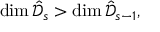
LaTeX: \dim { \hat { \mathcal { D } } _ { s } } > \dim { \hat { \mathcal { D } } _ { s - 1 } } ,